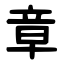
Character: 章